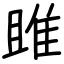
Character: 雎